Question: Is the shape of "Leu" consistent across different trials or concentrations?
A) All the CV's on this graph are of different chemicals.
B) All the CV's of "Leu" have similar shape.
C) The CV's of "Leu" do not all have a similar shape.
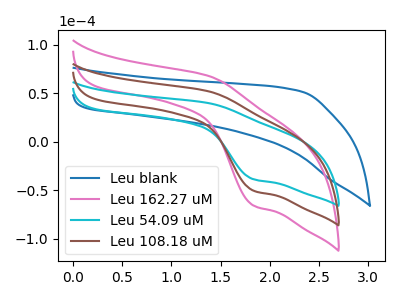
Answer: <think>The blue curve "Leu blank" has no peaks. The pink curve "Leu 162.27 uM" has an anodic peak at (1.40V, 104.05uA) and a cathodic peak at (1.85V, -100.45uA). The cyan curve "Leu 54.09 uM" has an anodic peak at (1.40V, 39.85uA) and a cathodic peak at (1.85V, -38.50uA). The brown curve "Leu 108.18 uM" has an anodic peak at (1.40V, 52.00uA) and a cathodic peak at (1.85V, -50.20uA).
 "Leu blank" and "Leu 162.27 uM" have a different number of peaks. "Leu blank" and "Leu 54.09 uM" have a different number of peaks. "Leu blank" and "Leu 108.18 uM" have a different number of peaks. All the peaks in "Leu 162.27 uM" have a peak in "Leu 54.09 uM" at the same potential. Every peak in "Leu 162.27 uM" is higher than every peak in "Leu 54.09 uM". All the peaks in "Leu 162.27 uM" have a peak in "Leu 108.18 uM" at the same potential. Every peak in "Leu 162.27 uM" is higher than every peak in "Leu 108.18 uM". All the peaks in "Leu 54.09 uM" have a peak in "Leu 108.18 uM" at the same potential. Every peak in "Leu 54.09 uM" is lower than every peak in "Leu 108.18 uM".</think>
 <answer>B) All the CV's of "Leu" have similar shape.</answer>
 <eval>B</eval>